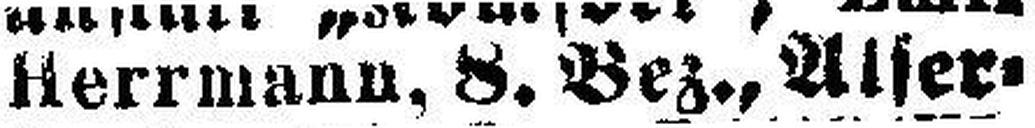
Herrmann, 8. Bez., Alfser¬